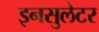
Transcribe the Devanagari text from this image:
इनसुलेटर